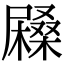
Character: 𡳨